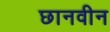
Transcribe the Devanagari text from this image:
छानवीन